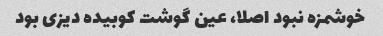
خوشمزه نبود اصلا، عین گوشت کوبیده دیزی بود